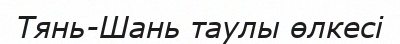
Тянь-Шань таулы өлкесі